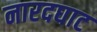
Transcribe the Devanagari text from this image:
नारदघाट